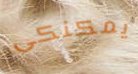
يمكنكى